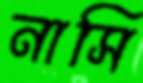
নাসি